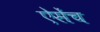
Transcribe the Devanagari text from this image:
ऐसेंच